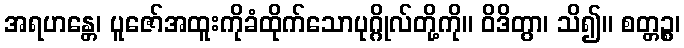
အရဟန္တေ၊ ပူဇော်အထူးကိုခံထိုက်သောပုဂ္ဂိုလ်တို့ကို။ ဝိဒိတွာ၊ သိ၍။ စတ္တဉ္စ၊